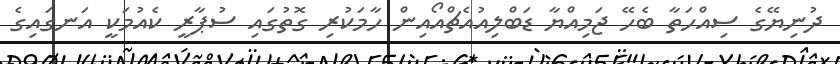
ދުނިޔޭގެ ސިއްހަތާ ބެހޭ ޖަމިއްޔާ ޑަބްލިއުއެޗްއޯއިން ހާމަކުރި ގޮތުގައި ސުޕާރީ ކެއުމަކީ އަނގައިގެ